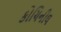
કોચિનીલ